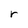
Character: r